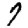
Digit: 7